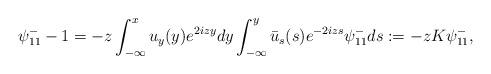
LaTeX: \begin{align*}\psi^-_{11}-1=-z \int_{-\infty}^x u_y(y) e^{2izy} dy \int_{-\infty}^{y} \bar{u}_s(s) e^{-2izs} \psi^-_{11}d s:=-z K \psi^-_{11},\end{align*}